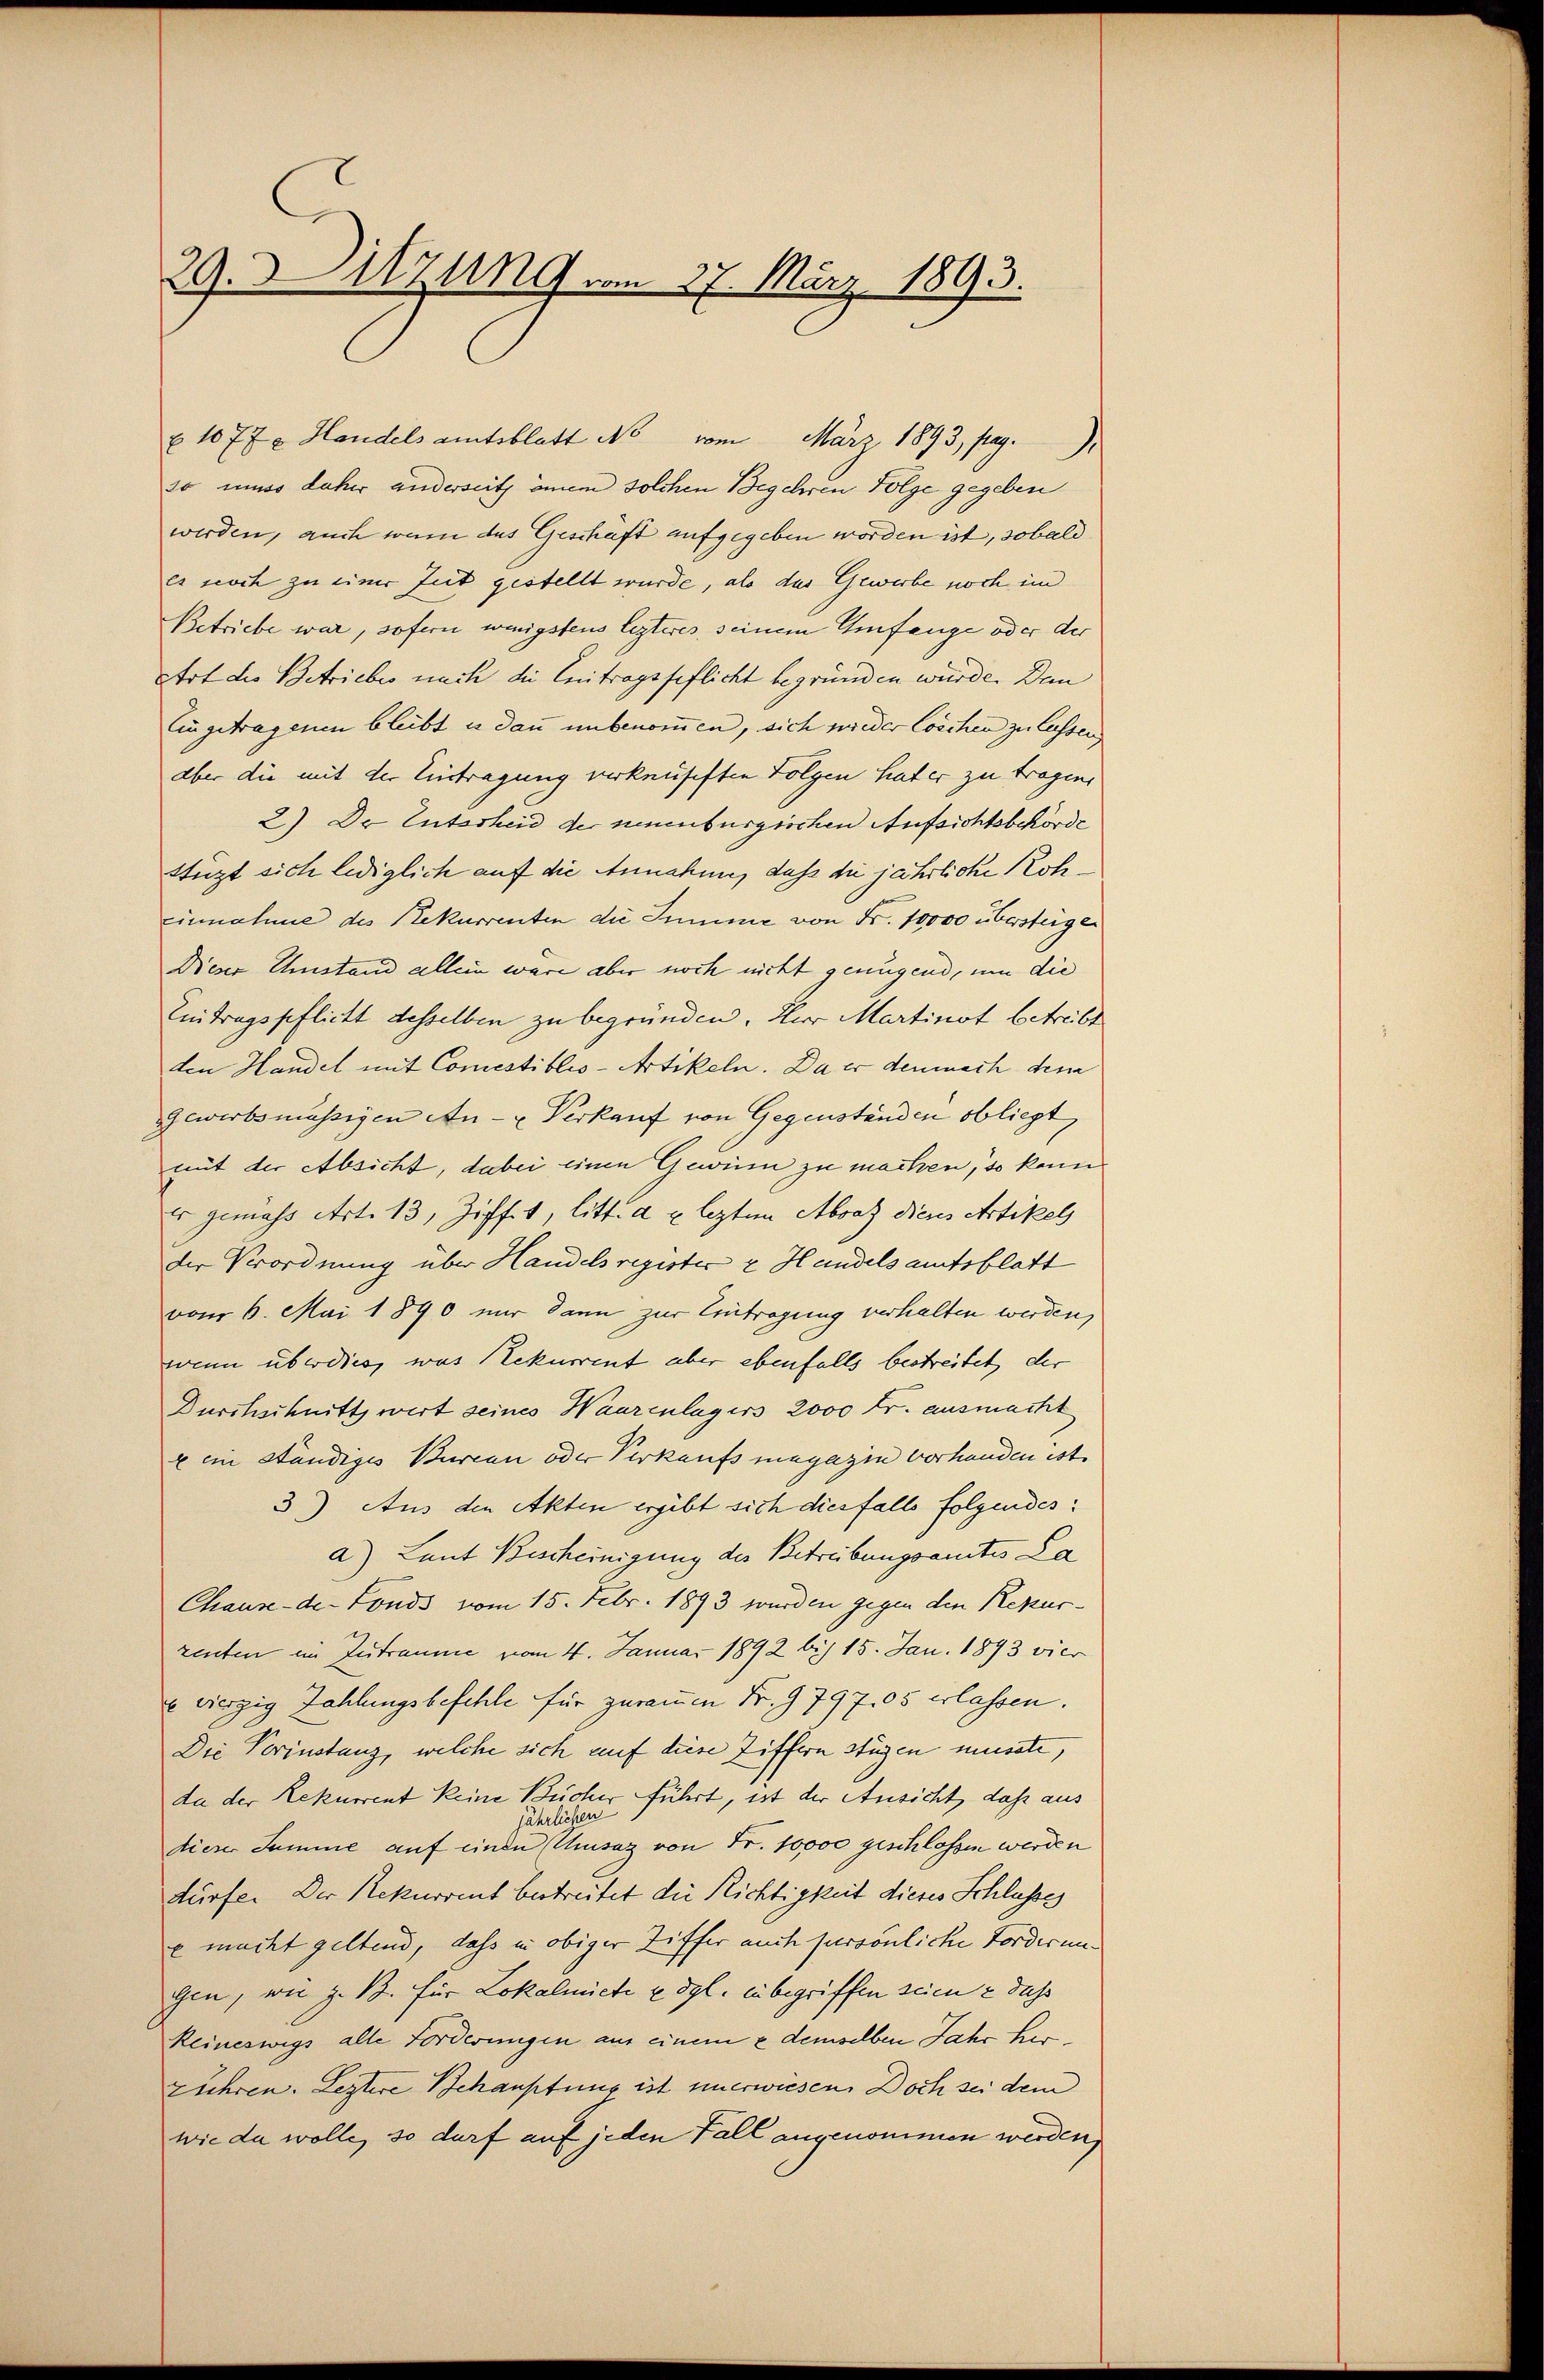
29. Sitzung vom 27. März 1893.

§ 1077 x Handels amtsblatt No vom März 1893, pag.
so muss daher anderseits einem solchen Begehren Folge gegeben
werden, auch wenn das Geschäft aufgegeben worden ist, sobald
es noch zu einer Zeit gestellt wurde, als das Gewerbe noch im
Betriebe war, sofern wenigstens lezteres seinem Umfange oder der
Art die Betriebes nach die Enitragsgeflicht begründen würde. Dem
Eingetragenen bleibt u. dann unbenommen, sich wieder Coschen zu lassen
aber die mit der Eintragung verknüfiften Folgen hat er zu tragen,
2) Dr Entscheid der neuenburgischen Aufsichtsbehörde
Stüzt sich lediglich auf die Annahme, daß die jährliche Koh¬
Einnahme des Rekurrenten die Summe von Fr. 10000 übersteigen
Dieser Umstand allein wäre aber noch nicht genügend, um die
Eintragspflicht desselben zu begründen. Herr Martinot betreibt
den Handel mit Comestiblio-Artikeln. Da er demnach den
Gewerbsmässigen An- u Verkauf von Gegenständen obliegt,
mit der Absicht, dabei einen Gewinn zu machen, so kann
v gemäss Art. 13, Ziff. 1, litt. d u. lezten Abraz dieses Artikel
der Verordnung über Handelsregister z Handels amtsblatt
vom 6. Mai 1890 nur dann zur Eintragung verhalten werden,
wenn überdies, was Rekurrent aber ebenfalls bestreitet, der
Durchschnitt wert seines Waarenlagers 2000 Fr. ausmacht
x ein ständiges Burcan oder Verkaufs magazin vorhanden ist.
3) Aus den Akten ergibt sich diesfalls folgendes:
a) Laut Bescheinigung des Betreibungsamtes La
Chaux-de-Fonds vom 15. Febr. 1893 wurden gegen den Repusrenten im Zutraume vom 4. Januar 1892 bis 15. Jan. 1893 vier
e vierzig Zahlungsbefehle für zurauen Fr. 9797,05 erlassen.
Die Vorinstanz, welche sich auf diese Ziffern stügen müsste,
da der Rekurrent keine Bücher führt, ist der Ansicht, daß aus
en
jährlich
dieser Summe auf einen Umsaz von Fr. 10000 geschlossen werden
dürfe. Der Rekurrent bestreitet die Richtigkeit dieses Schlusses
e macht geltend, dass in obiger Ziffer auch persönliche Forderungen, wie z. B. für Lokalmiete u. dgl. inbegriffen seien & dass
Reineswegs alle Forderungen aus einem & demselben Jahr herrühren. Leztere Behauptung ist unerwiesen. Doch sei dem
wie da wolle, so darf auf jeden Fall angenommen werden,